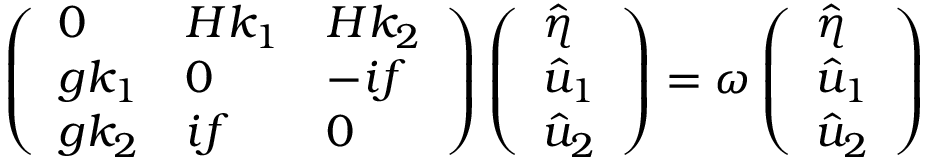
\left( \begin{array} { l l l } { 0 } & { H k _ { 1 } } & { H k _ { 2 } } \\ { g k _ { 1 } } & { 0 } & { - i f } \\ { g k _ { 2 } } & { i f } & { 0 } \end{array} \right) \left( \begin{array} { l } { \hat { \eta } } \\ { \hat { u } _ { 1 } } \\ { \hat { u } _ { 2 } } \end{array} \right) = \omega \left( \begin{array} { l } { \hat { \eta } } \\ { \hat { u } _ { 1 } } \\ { \hat { u } _ { 2 } } \end{array} \right)